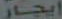
ايجار